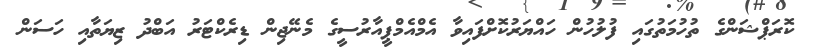
ކޮރަޕްޝަންގެ ތުހުމަތުގައި ފުލުހުން ހައްޔަރުކޮށްފައިވާ އެމްއެމްޕީއާރުސީގެ މެނޭޖިން ޑިރެކްޓަރު އަބްދު ޒިޔަތާއި ހަސަން